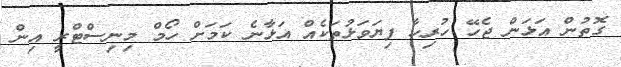
ގޮތުން އަޅަން ޖެހޭ ހުރިހާ ފިޔަވަޅުތަކެއް އަޅާނެ ކަމަށް ހޯމް މިނިސްޓްރީ އިން